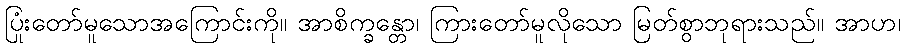
ပြုံးတော်မူသောအကြောင်းကို။ အာစိက္ခန္တော၊ ကြားတော်မူလိုသော မြတ်စွာဘုရားသည်။ အာဟ၊